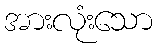
အားလုံးသော